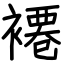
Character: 褼